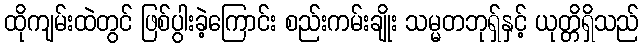
ထိုကျမ်းထဲတွင် ဖြစ်ပွါးခဲ့ကြောင်း စည်းကမ်းချိုး သမ္မတဘုရှ်နှင့် ယုတ္တိရှိသည်